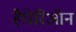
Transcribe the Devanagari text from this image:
हैपेरिऑन